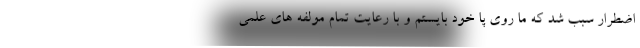
اضطرار سبب شد که ما روی پا خود بایستم و با رعایت تمام مولفه های علمی